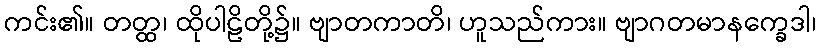
ကင်း၏။ တတ္ထ၊ ထိုပါဠိတို့၌။ ဗျာတကာတိ၊ ဟူသည်ကား။ ဗျာဂတမာနက္ခေဒါ၊